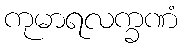
ကုမာရလက္ခဏံ